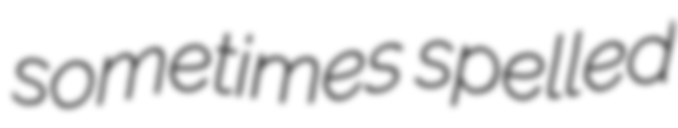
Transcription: sometimes spelled